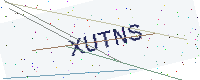
Text: XUTNS